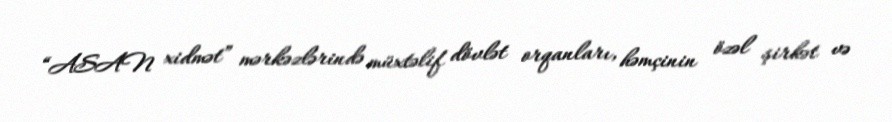
“ASAN xidmət” mərkəzlərində müxtəlif dövlət orqanları, həmçinin özəl şirkət və